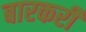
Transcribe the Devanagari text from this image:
बारकरी